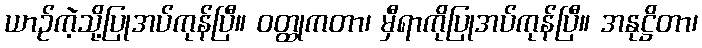
ယာဉ်ကဲ့သို့ပြုအပ်ကုန်ပြီ။ ဝတ္ထုကတာ၊ မှီရာကိုပြုအပ်ကုန်ပြီ။ အနုဋ္ဌိတာ၊